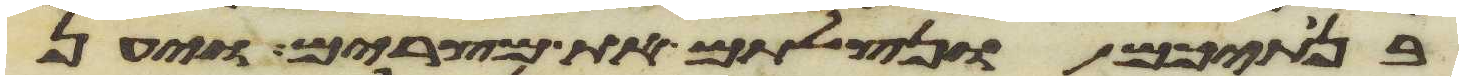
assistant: בנתיכם ונצלתם את מצרים ויען